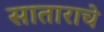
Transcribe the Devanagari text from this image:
साताराचे